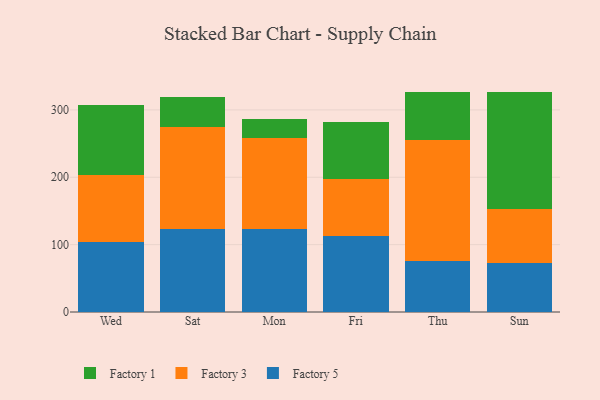
{"axis": {"x": "Day", "y": "Website Visitors"}, "legend": ["Factory 1", "Factory 3", "Factory 5"], "data": [{"x": "Wed", "y": 104.2, "type": "Factory 5"}, {"x": "Wed", "y": 99.2, "type": "Factory 3"}, {"x": "Wed", "y": 103.7, "type": "Factory 1"}, {"x": "Sat", "y": 122.7, "type": "Factory 5"}, {"x": "Sat", "y": 152.6, "type": "Factory 3"}, {"x": "Sat", "y": 44.4, "type": "Factory 1"}, {"x": "Mon", "y": 122.8, "type": "Factory 5"}, {"x": "Mon", "y": 135.4, "type": "Factory 3"}, {"x": "Mon", "y": 28.9, "type": "Factory 1"}, {"x": "Fri", "y": 112.5, "type": "Factory 5"}, {"x": "Fri", "y": 85.6, "type": "Factory 3"}, {"x": "Fri", "y": 83.9, "type": "Factory 1"}, {"x": "Thu", "y": 75.6, "type": "Factory 5"}, {"x": "Thu", "y": 179.5, "type": "Factory 3"}, {"x": "Thu", "y": 72.1, "type": "Factory 1"}, {"x": "Sun", "y": 73.4, "type": "Factory 5"}, {"x": "Sun", "y": 79.8, "type": "Factory 3"}, {"x": "Sun", "y": 173.0, "type": "Factory 1"}]}